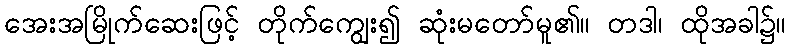
အေးအမြိုက်ဆေးဖြင့် တိုက်ကျွေး၍ ဆုံးမတော်မူ၏။ တဒါ၊ ထိုအခါ၌။